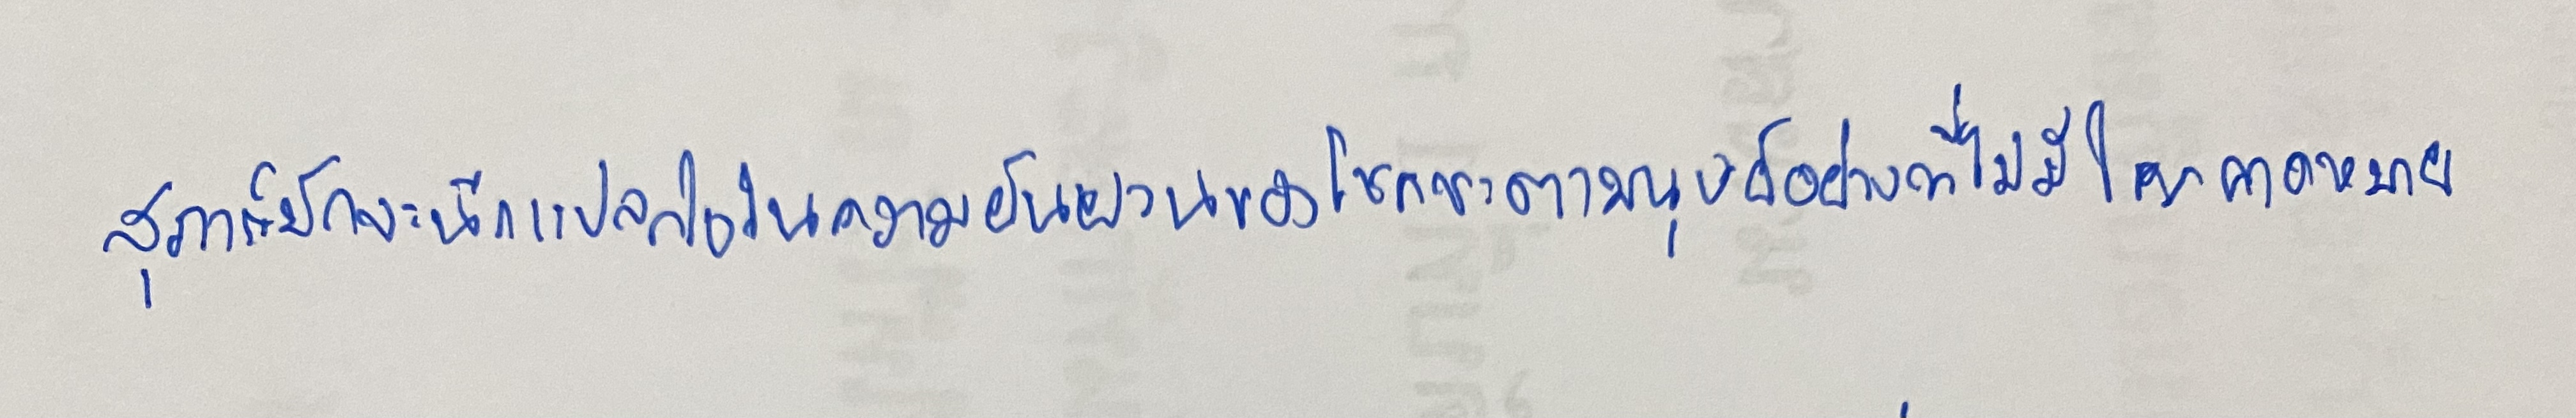
สุภาก็มักจะนึกแปลกใจในความผันผวนของโชคชะตามนุษย์อย่างที่ไม่มีใครคาดหมาย